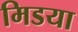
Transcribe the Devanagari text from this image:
मिडया